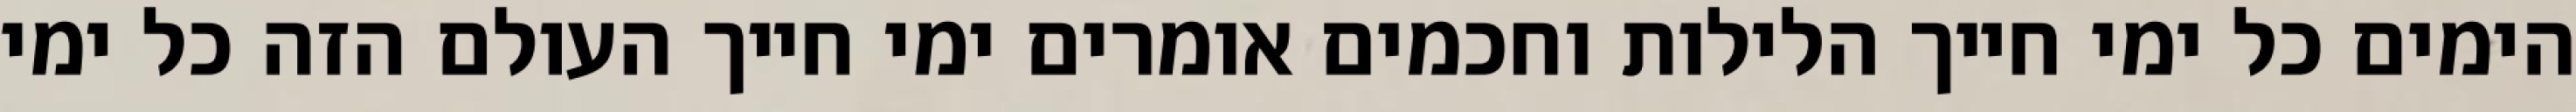
הימים כל ימי חייך הלילות וחכמים אומרים ימי חייך העולם הזה כל ימי